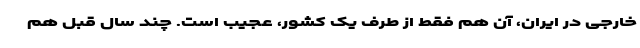
خارجی در ایران، آن هم فقط از طرف یک کشور، عجیب است. چند سال قبل هم